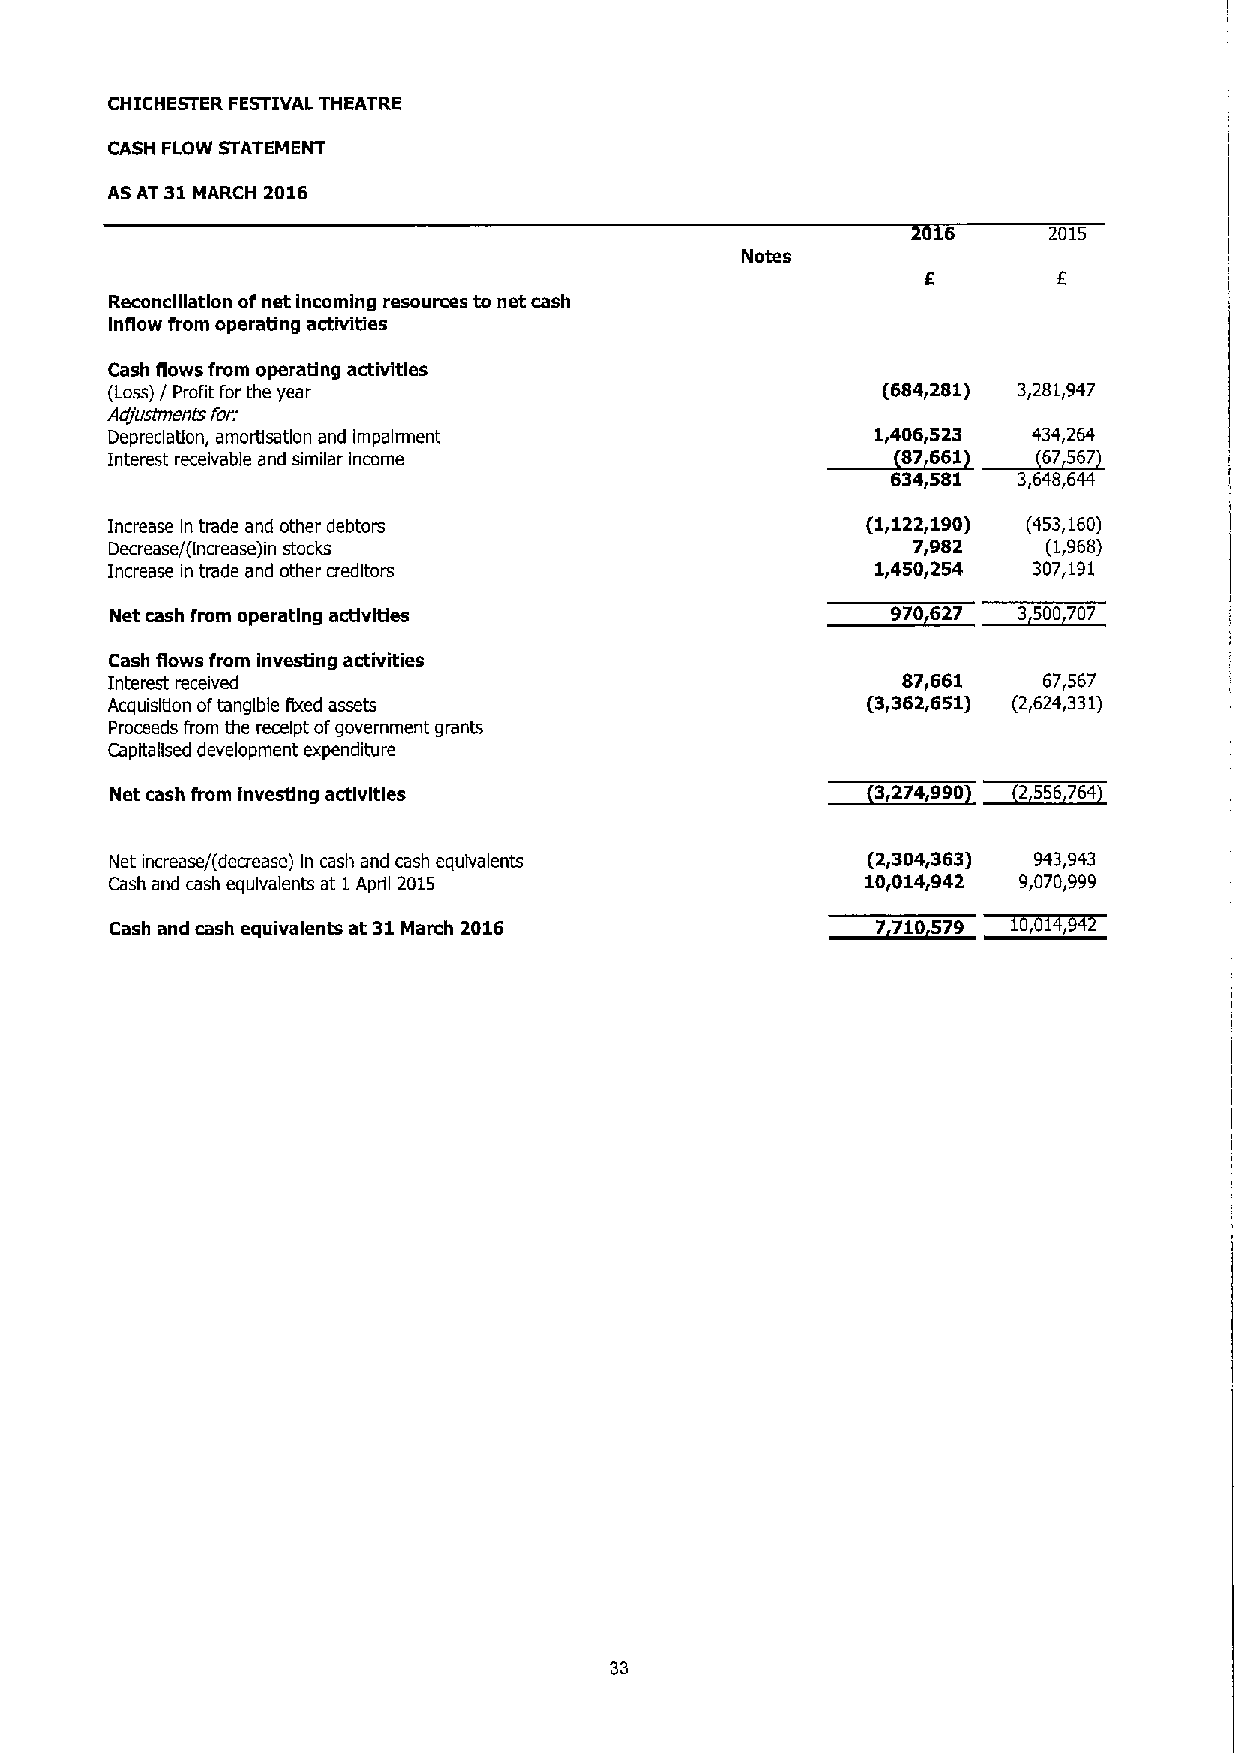
CHICHESTER FESTIVAL THEATRE
 CASH FLOW STATEMENT
 AS AT 31 MARCH 2016
 2015
 Notes
 Reconciliation ofnet incoming resources to net cash
 Inflow from operating activities
 Cash flows from operadng activltles
 (Loss) / Profit for the year                       (6847281) 372817947
 Adjusrrnenrs for:
 ~07
 Depreciation, amortisatlon and impairment          1,406,523 ~64734,264
 Interest receivable and similar income                 661      56
 6347581 376487644
 Increase In trade and other debtors               (1,122,190) (453,160)
 Decrease/(Increase)in stocks                         7,982    (1,968)
 Increase in trade and other creditors              1,450,254 307,191
 Net cash from operating actlvtHes                   970627  3500707
 Cash flows from investing activities
 Interest received                                    877661   67,567
 Acquisition oftangible lixed assets               (373627651) (276247331)
 Proceeds from the receipt ofgovernment grants
 Capltallsed development expenditure
 ~3,
 ~2556
 Net cash from investing activities                  274,99D     764
 Net increase/(decrease) In cash and cash equivalents (2,304,363) 943,943
 Cash and cash equivalents at 1April 2015          1070147942 970707999
 ~650
 Cash and cash equivalents at 31March 2016          7 710579
 33